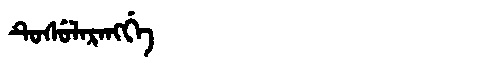
Manchu: ᡨᡠᠰᡠᠯᠠᡵᠠᠩᡤᡝ
Romanization: TUSULARANGGE